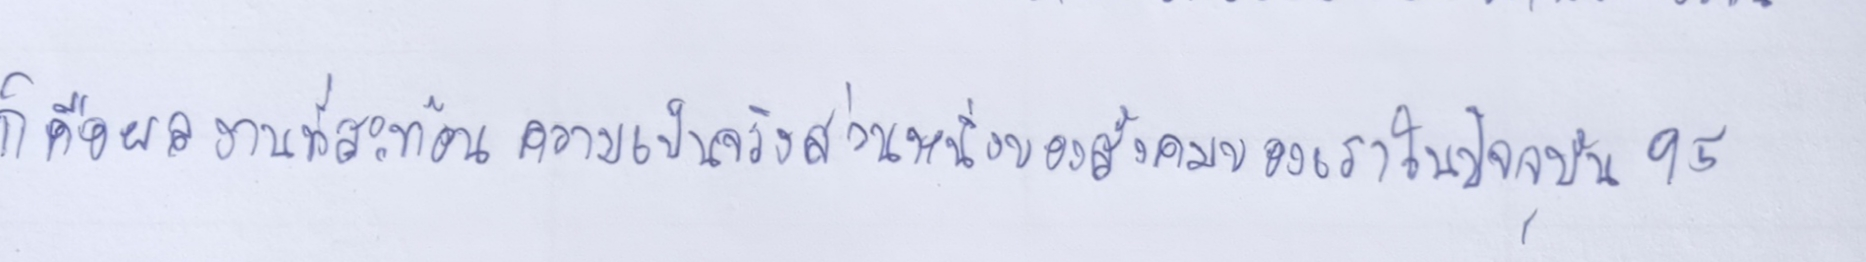
ก็คือผลงานที่สะท้อนความเป็นจริงส่วนหนึ่งของสังคมของเราในปัจจุบัน95